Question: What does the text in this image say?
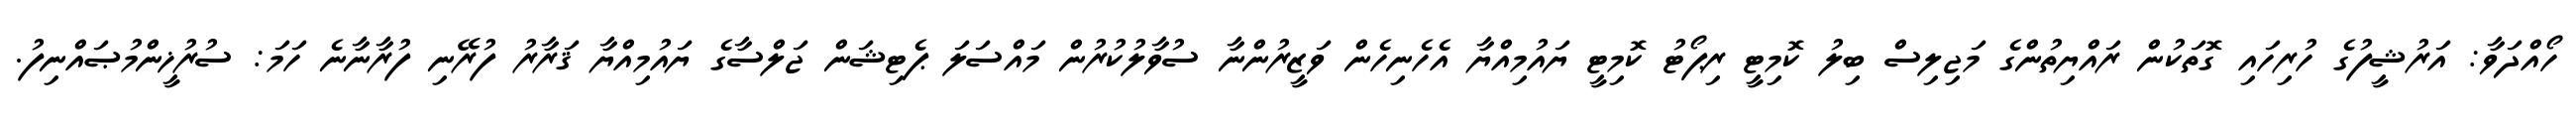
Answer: ހޯއްދަވާ: އަރުޝީފުގެ ހުރިހައި ގޮތަކުން ރައްޔިތުންގެ މަޖިލިސް ބިލު ކޮމިޓީ ރިޕޯޓު ކޮމިޓީ ޔައުމިއްޔާ އެހެނިހެން ވަޒީރުންނާ ސުވާލުކުރުން މައްސަލަ ޕެޓިޝަން ޖަލްސާގެ ޔައުމިއްޔާ ޤަރާރު ފުރޭނި ފުރާނާނެ ހަމަ: ސުރުޚީންމުޞައްނިފު.